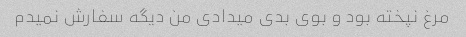
مرغ نپخته بود و بوی بدی میدادی من دیگه سفارش نمیدم